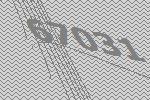
67031